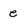
Character: e